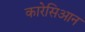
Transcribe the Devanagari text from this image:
कारेसिआन